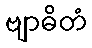
ဗျာဓိတံ